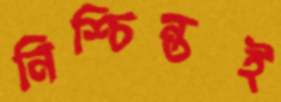
নিশ্চিন্তই